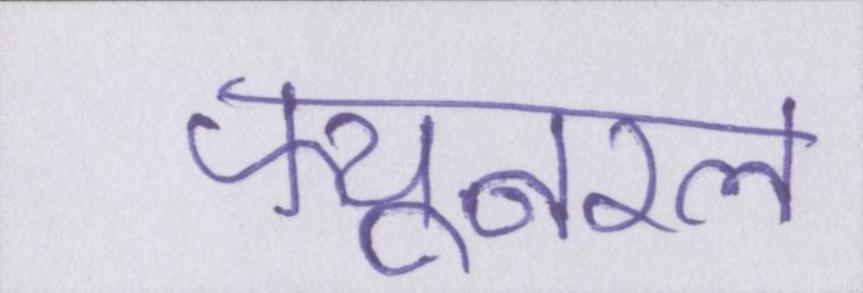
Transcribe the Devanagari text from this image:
फ्यूनरल